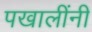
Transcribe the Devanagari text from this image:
पखालींनी